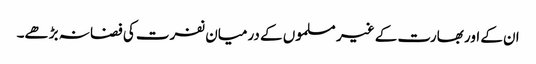
ان کے اور بھارت کے غیر مسلموں کے درمیان نفرت کی فضا نہ بڑھے۔